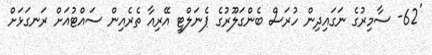
'62- ސާމިރުގެ ނަގައިދިން ހުރަސް ބެންގަލޫރުގެ ޕެނަލްޓީ އޭރިއާ ތެރެއިން ސައްޓުއަށް ރަނގަޅަށް